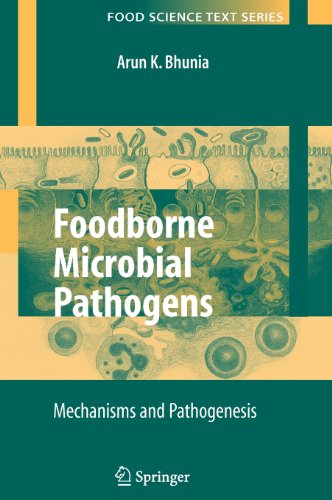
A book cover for Foodborne Microbial Pathogens: Mechanisms and Pathogenesis (Food Science Text Series); Arun Bhunia; Medical Books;